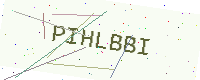
Text: PIHLBBI